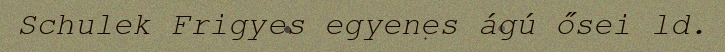
Schulek Frigyes egyenes ágú ősei ld.